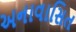
અનાવાસિત